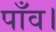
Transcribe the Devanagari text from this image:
पाँव।